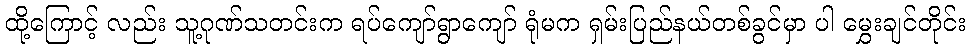
ထို့ကြောင့် လည်း သူ့ဂုဏ်သတင်းက ရပ်ကျော်ရွာကျော် ရုံမက ရှမ်းပြည်နယ်တစ်ခွင်မှာ ပါ မွှေးချင်တိုင်း